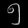
Digit: ၅